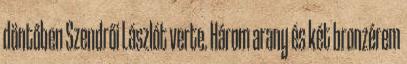
döntőben Szendrői Lászlót verte. Három arany és két bronzérem